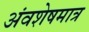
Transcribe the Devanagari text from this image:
अंवशेषमात्र